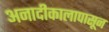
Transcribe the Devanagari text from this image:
अनादीकालापासून